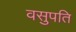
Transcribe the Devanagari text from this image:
वसुपति